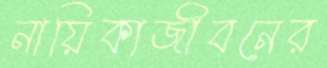
নায়িকাজীবনের